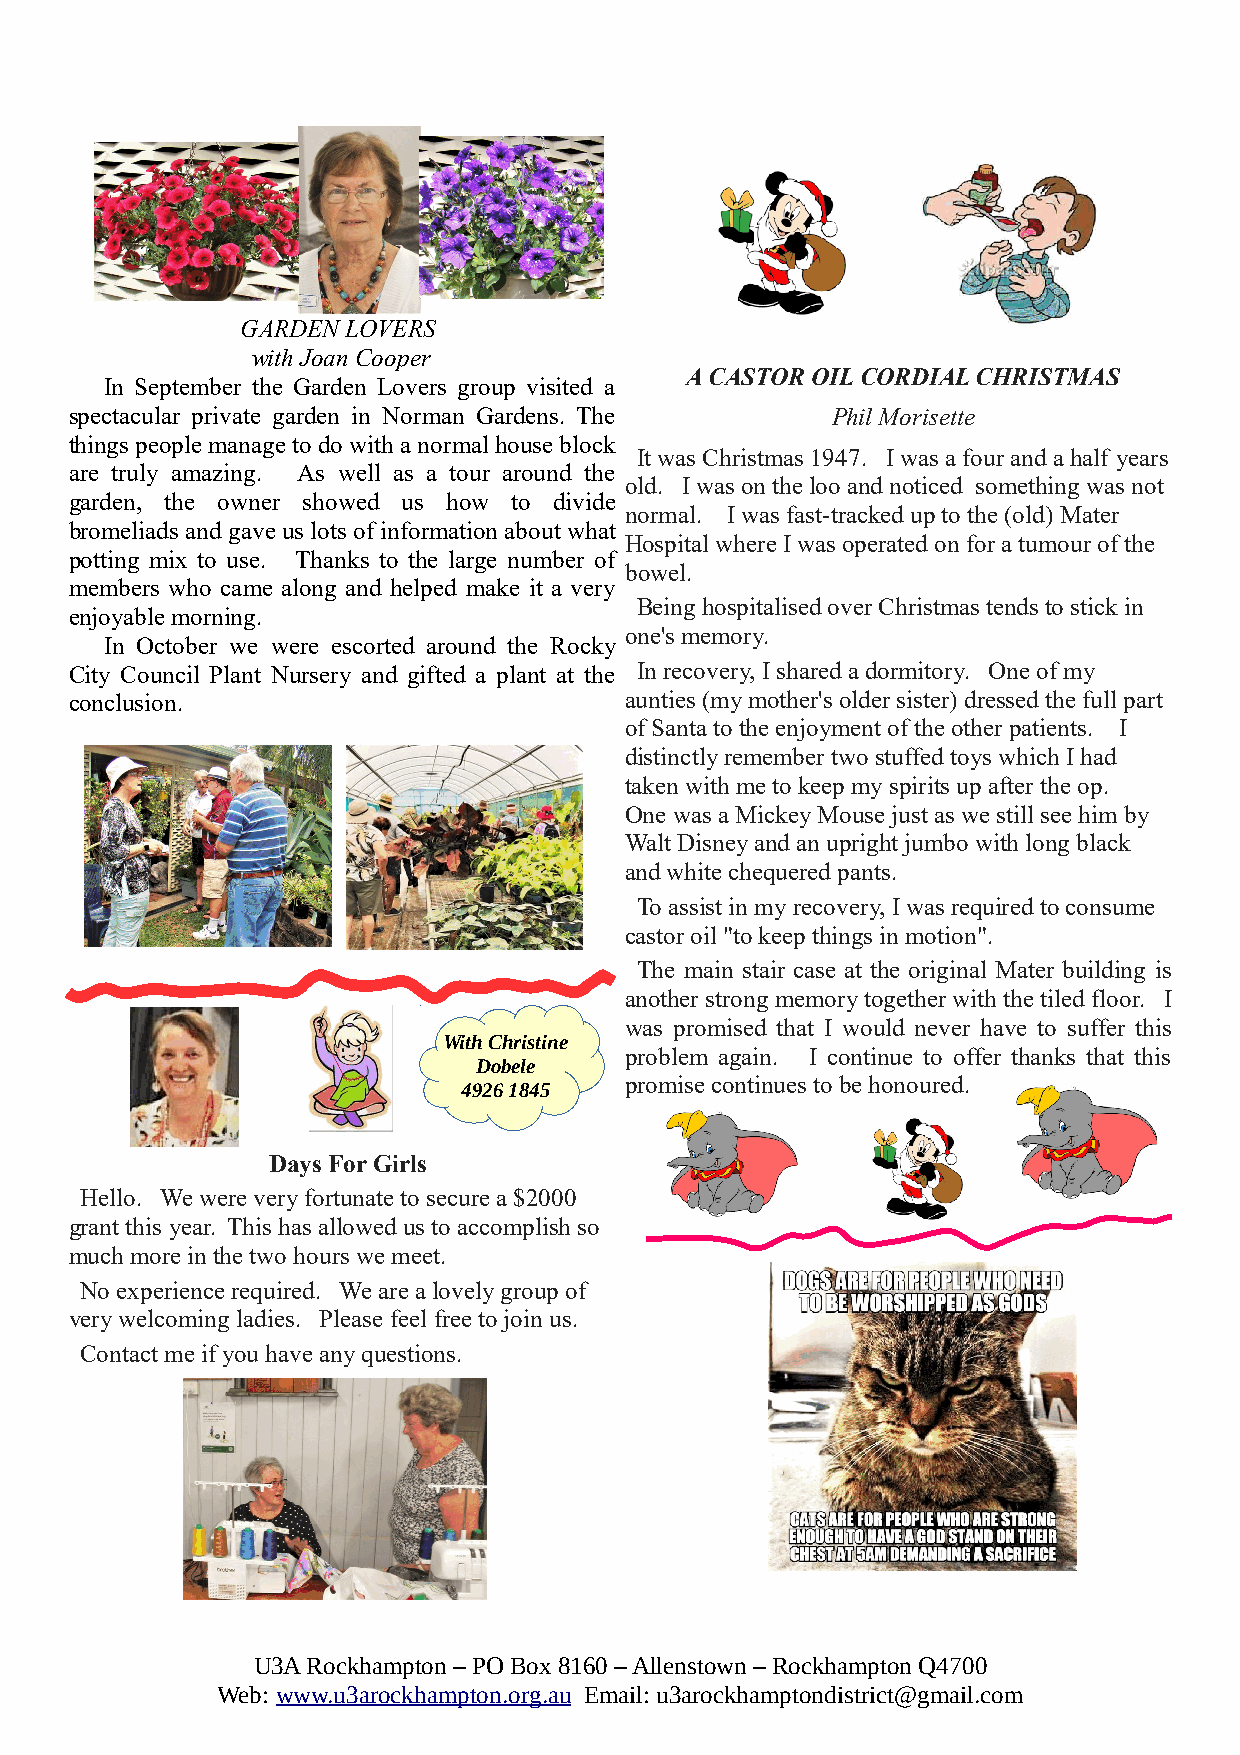
GARDEN LOVERS
 with Joan Cooper
 A CASTOR OIL CORDIAL CHRISTMAS
 In September the Garden Lovers group visited a
 spectacular private garden in Norman Gardens. The Phil Morisette
 things people manage to do with a normal house block
 It was Christmas 1947. I was a four and a half years
 are truly amazing. As well as a tour around the
 old. I was on the loo and noticed something was not
 garden, the owner showed us how to divide
 normal. I was fast-tracked up to the (old) Mater
 bromeliads and gave us lots of information about what
 Hospital where I was operated on for a tumour of the
 potting mix to use. Thanks to the large number of
 bowel.
 members who came along and helped make it a very
 Being hospitalised over Christmas tends to stick in
 enjoyable morning.
 one's memory.
 In October we were escorted around the Rocky
 City Council Plant Nursery and gifted a plant at the In recovery, I shared a dormitory. One of my
 conclusion.                         aunties (my mother's older sister) dressed the full part
 of Santa to the enjoyment of the other patients. I
 distinctly remember two stuffed toys which I had
 taken with me to keep my spirits up after the op.
 One was a Mickey Mouse just as we still see him by
 Walt Disney and an upright jumbo with long black
 and white chequered pants.
 To assist in my recovery, I was required to consume
 castor oil "to keep things in motion".
 The main stair case at the original Mater building is
 another strong memory together with the tiled floor. I
 was promised that I would never have to suffer this
 With Christine
 problem again. I continue to offer thanks that this
 Dobele
 promise continues to be honoured.
 4926 1845
 Days For Girls
 Hello. We were very fortunate to secure a $2000
 grant this year. This has allowed us to accomplish so
 much more in the two hours we meet.
 No experience required. We are a lovely group of
 very welcoming ladies. Please feel free to join us.
 Contact me if you have any questions.
 U3A Rockhampton – PO Box 8160 – Allenstown – Rockhampton Q4700
 Web: www.u3arockhampton.org.au Email: u3arockhamptondistrict@gmail.com